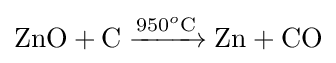
{\mathrm {ZnO} {}+{}\mathrm {C} {}\mathrel {\xrightarrow {950{\vphantom {A}}^{o}\mathrm {C} } } {}\mathrm {Zn} {}+{}\mathrm {CO} }